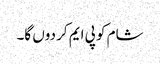
شام کو پی ایم کر دوں گا۔